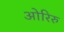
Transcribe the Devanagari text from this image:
ओरिरु